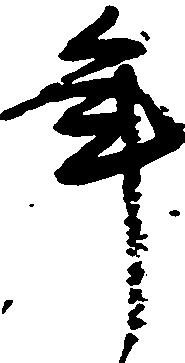
年